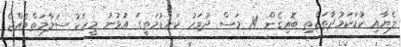
ލެޔާއި ކުޑަކަމުދާތަކެތި ބޮއިގެން 14 މަސް ދުވަހު ކަނޑުމަތީގަ އުޅުނު މީހަކު ސަލާމަތްވެއްޖެ